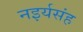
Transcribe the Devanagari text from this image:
नइर्यसंह